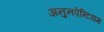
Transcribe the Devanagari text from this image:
अनुनपेन्टियम